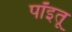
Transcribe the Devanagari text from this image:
पॉइतू